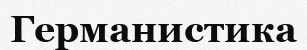
Германистика